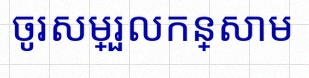
ចូរសម្រួលកន្សោម